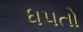
ધપતો